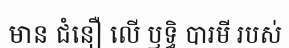
មាន ជំនឿ លើ ឫទ្ធិ បារមី របស់